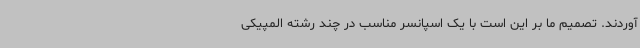
آوردند. تصمیم ما بر این است با یک اسپانسر مناسب در چند رشته المپیکی